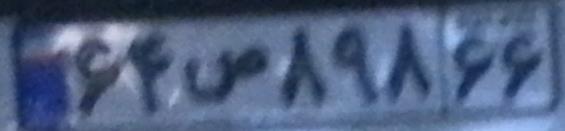
۶۴ص۸۹۸۶۶